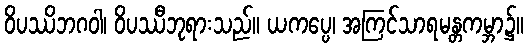
ဝိပဿိဘဂဝါ၊ ဝိပဿီဘုရားသည်။ ယကပ္ပေ၊ အကြင်သာရမန္တကမ္ဘာ၌။